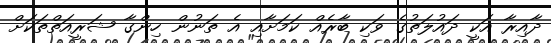
ދާއިރާ އަކީ ދައުލަތުގެ ވަކި ބާރެއް ކަމަށާއި އެ ތަނުން ހިންގާ ޝަރީއަތްތަކަށް